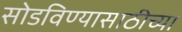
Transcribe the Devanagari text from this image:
सोडविण्यासाठीच्या